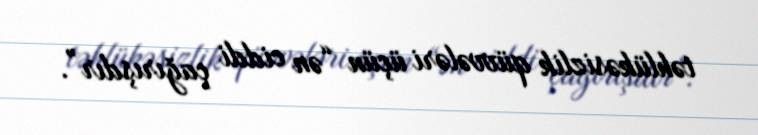
təhlükəsizlik qüvvələri üçün “ən ciddi çağırışdır”.